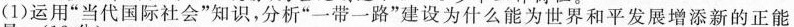
(1) 运用”当代国际社会”知识，分析”一带一路”建设为什么能为世界和平发展增添新的正能